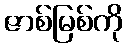
ဇာစ်မြစ်ကို